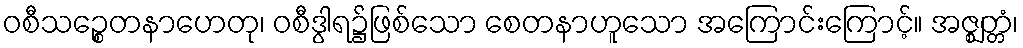
ဝစီသဉ္စေတနာဟေတု၊ ဝစီဒွါရ၌ဖြစ်သော စေတနာဟူသော အကြောင်းကြောင့်။ အဇ္ဈတ္တံ၊